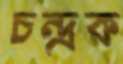
চন্দ্রক